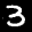
Label: 3